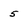
Character: 5